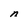
Character: n